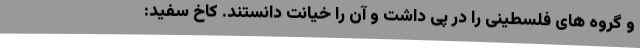
و گروه های فلسطینی را در پی داشت و آن را خیانت دانستند. کاخ سفید: